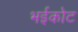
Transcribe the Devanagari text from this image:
भईकोट